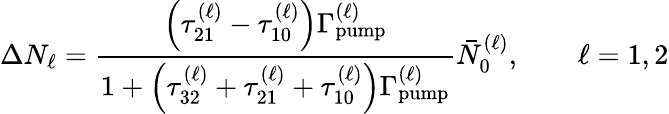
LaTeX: \Delta N_{\ell}=\frac{\left(\tau_{21}^{(\ell)}-\tau_{10}^{(\ell)}\right)\Gamma_{\mathrm{pump}}^{(\ell)}}{1+\left(\tau_{32}^{(\ell)}+\tau_{21}^{(\ell)}+\tau_{10}^{(\ell)}\right)\Gamma_{\mathrm{pump}}^{(\ell)}}\bar{N}_{0}^{(\ell)},\qquad\ell=1,2